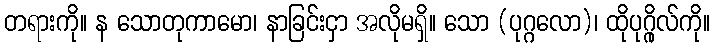
တရားကို။ န သောတုကာမော၊ နာခြင်းငှာ အလိုမရှိ။ သော (ပုဂ္ဂလော)၊ ထိုပုဂ္ဂိုလ်ကို။